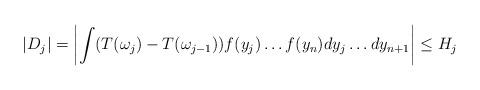
LaTeX: \begin{align*}|D_j| = \left|\int (T(\omega_j) - T(\omega_{j-1}))f(y_j)\ldots f(y_n)dy_{j}\ldots dy_{n+1} \right| \leq H_j \\\end{align*}